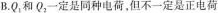
B.Q_{1}和Q_{2}一定是同种电荷，但不一定是正电荷